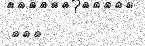
١١١